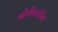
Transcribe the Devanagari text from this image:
बोरीवलीस